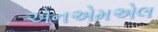
એનએમએલ